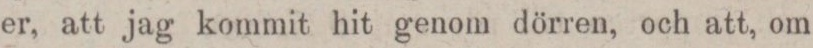
er, att jag kommit hit genom dörren, och att, om